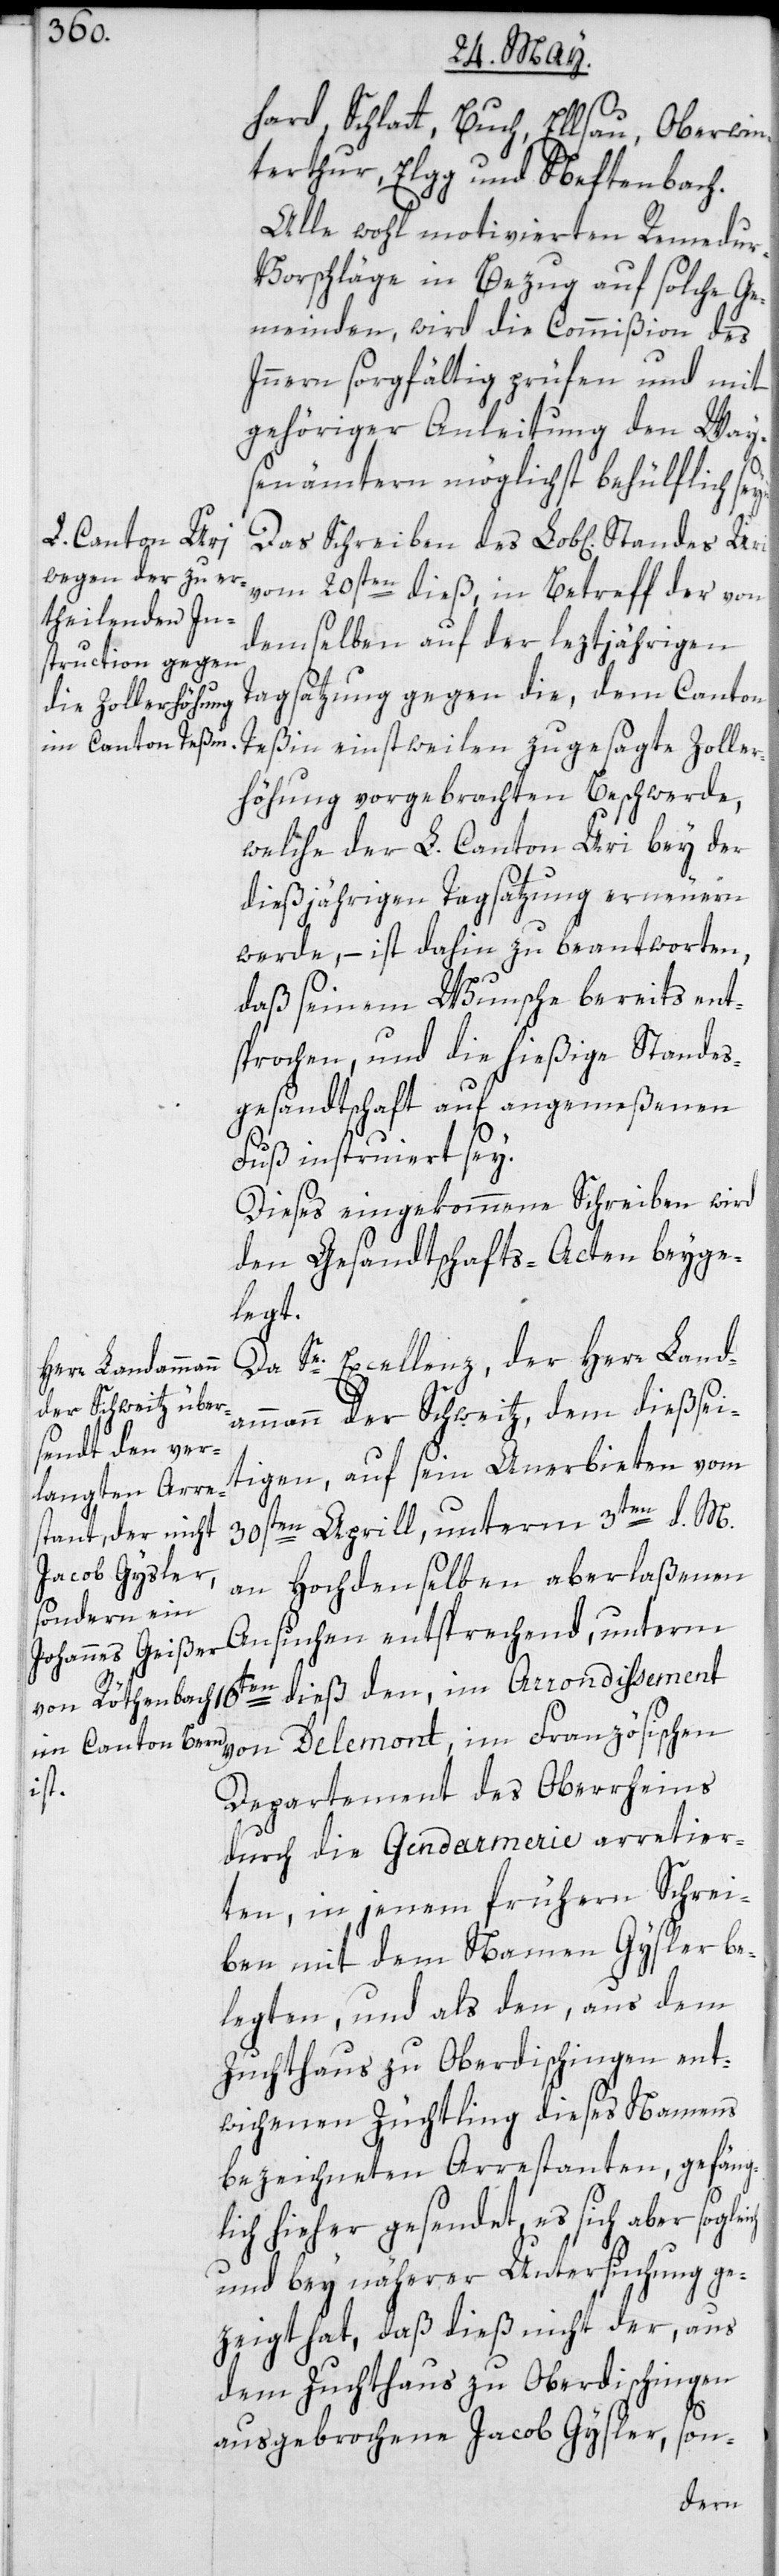
hard, Schlatt, Buch, Ellsau, Oberwin¬
terthur, Elgg und Neftenbach.
Alle wohl motivierten Remedur-V¬
orschläge in Bezug auf solche Ge¬
meinden, wird die Commißion des
Innern sorgfältig prüfen und mit
gehöriger Anleitung den Ways¬
enämtern möglichst behülflich seyn.
vom 20sten dieß, in Betreff der von
demselben auf der leztjährigen
Tagsatzung gegen die, dem Canton
Teßin einstweilen zugesagte Zoller¬
höhung vorgebrachten Beschwerde,
welche der L. Canton Uri bey der
dießjährigen Tagsatzung erneuern
werde, – ist dahin zu beantworten,
daß seinem Wunsche bereits ent¬
sprochen und die hießige Standes¬
gesandtschaft auf angemeßenen
Fuß instruiert sey.
Dieses eingekommene Schreiben wird
den Gesandtschafts-Acten beyge¬
legt.
Da Se. Excellenz der Herr Land¬
ammann der Schweitz, dem dießei¬
tigen, auf sein Anerbieten vom
30sten Aprill, unterm 3ten d. M.
an Hochdenselben aberlaßenen
Ansuchen entsprechend, unterm
von Delemont, im Französischen
Departement des Oberrheins,
durch die Gendarmerie arretier¬
ten, in jenem frühern Schrei¬
ben mit dem Namen Gysler be¬
legten, und als den, aus dem
Zuchthaus zu Oberdischingen ent¬
wichenen Züchtling dieses Namens
bezeichneten Arrestanten, gefäng¬
lich hieher gesendet, es sich aber soglei¬
und bey näherer Untersuchung ge¬
zeigt hat, daß dieß nicht der, aus
dem Zuchthaus zu Oberdischingen
ausgebrochene Jacob Gysler, son-
ch